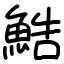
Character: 鯌